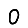
Digit: 0